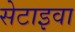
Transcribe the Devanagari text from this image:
सेटाइवा